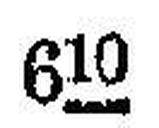
610